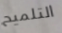
التلميح